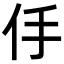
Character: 㐿